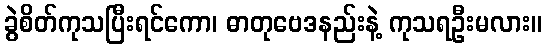
ခွဲစိတ်ကုသပြီးရင်ကော၊ ဓာတုဗေဒနည်းနဲ့ ကုသရဦးမလား။